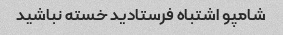
شامپو اشتباه فرستادید خسته نباشید